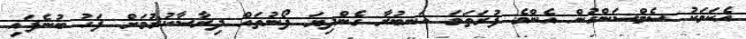
އެކަމަކު ސެމްސަންގުން އެންމެ ފުރަތަމަ އަނބުރާ ގެންދިޔަ ފޯނުތައް ދިރާސާކުރުމަށް ފަހު ބުނެފައި